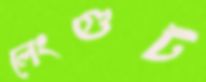
লেংগুট